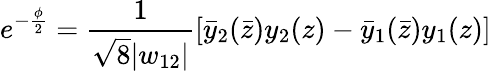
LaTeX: e^{-\frac{\phi}{2}}=\frac{1}{\sqrt{8}|w_{12}|}[\bar{y}_{2}(\bar{z})y_{2}(z)-\bar{y}_{1}(\bar{z})y_{1}(z)]